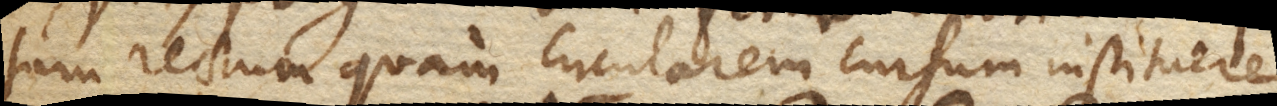
tam rectum quam circularem cursum instituere